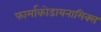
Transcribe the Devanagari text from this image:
फार्माकोडायनामिक्स